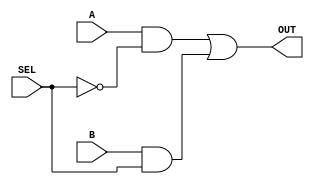
module mux2_1(SEL, A, B, OUT);
input SEL, A, B;
wire sel_not, and_1, and_2;
output OUT;

not(sel_not, SEL);
and(and_1, A, sel_not);
and(and_2, B, SEL);
or(OUT, and_1, and_2);

endmodule